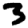
Digit: 3